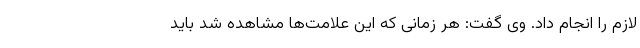
لازم را انجام داد. وی گفت: هر زمانی که این علامت‌ها مشاهده شد باید